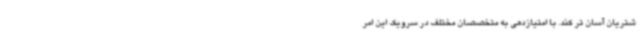
شتریان آسان تر کند. با امتیازدهی به متخصصان مختلف در سرویک این امر